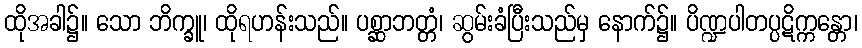
ထိုအခါ၌။ သော ဘိက္ခူ၊ ထိုရဟန်းသည်။ ပစ္ဆာဘတ္တံ၊ ဆွမ်းခံပြီးသည်မှ နောက်၌။ ပိဏ္ဍပါတပ္ပဋိက္ကန္တော၊